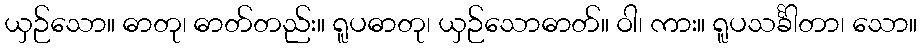
ယှဉ်သော။ ဓာတု၊ ဓာတ်တည်း။ ရူပဓာတု၊ ယှဉ်သောဓာတ်။ ဝါ၊ ကား။ ရူပသင်္ခါတာ၊ သော။